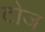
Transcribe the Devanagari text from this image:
टोज